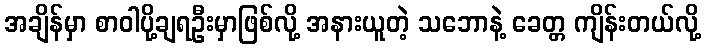
အချိန်မှာ စာဝါပို့ချရဦးမှာဖြစ်လို့ အနားယူတဲ့ သဘောနဲ့ ခေတ္တ ကျိန်းတယ်လို့